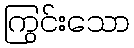
ကြွင်းသော